Vabadussoja_Ajaloo_Komitee, lk 105
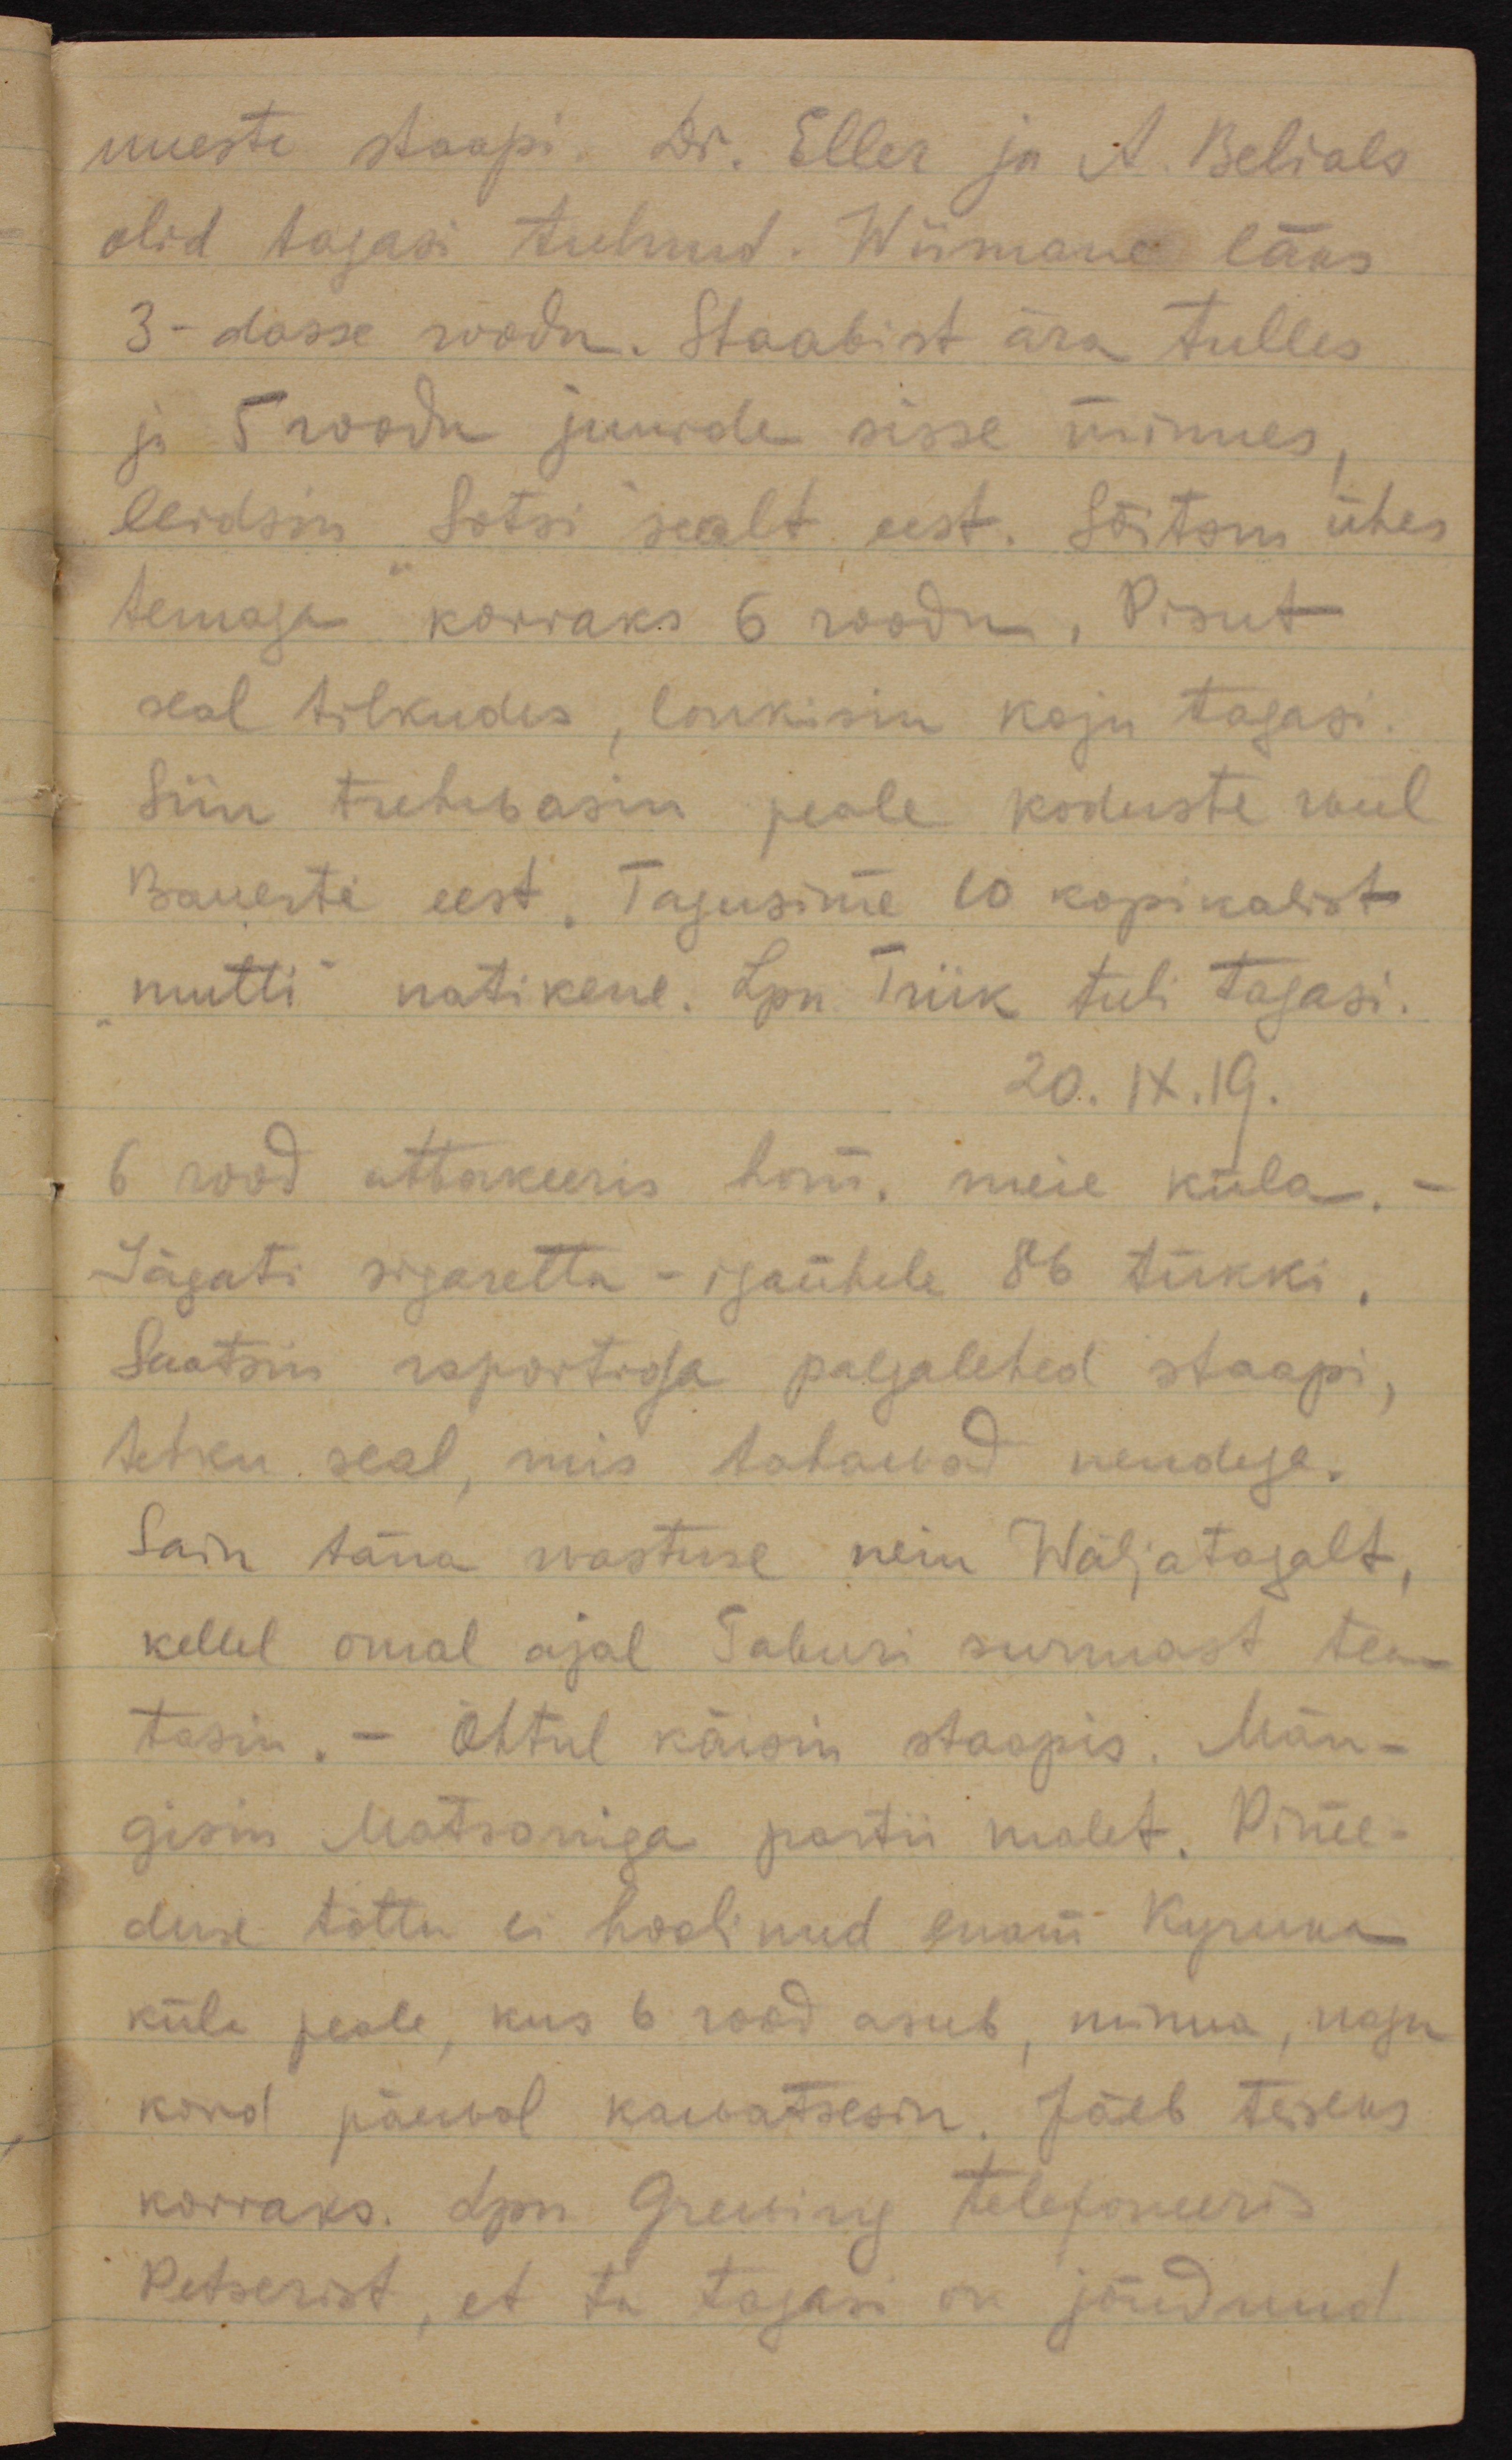
uuesti staapi. Dr. Eller ja A. Belials
olid tagasi tulnud. Wiimane läks
3-dasse roodu. Staabist ära tulles
ja 5 roodu juurde sisse minnes,
leidsin "Sotsi" sealt eest. Sõitsin ühes
temaga korraks 6 roodu. Pisut
seal tilkudes, lahkusin koju tagasi.
Siin trehwasin peale koduste weel
Bauerti eest. Tagusime 10 kopikalist
mutti natikene. Lpn Triik tuli tagasi.
20.IX.19
6 rood attakeeris hom. meie küla.
Jagati sigarette - igaühele 86 tükki.
Saatsin raportiga palgalehed staapi, 
tehku seal, mis tahawad nendega.
Sain täna wastuse neiu Wäljatagalt,
kellel omal ajal Taburi surmast tea-
tasin. Õhtul käisin staapis. Män-
gisin Matsoniga partii malet. Pime-
duse tõttu ei hoolinud enam 
küla peale, kus 6 rood asub, minna, nagu
kord päewal kawatsesin. Jäeb teiseks 
korraks. Lpn Grewing telefoneeris
Petserist, et ta tagasi on jõudnud.